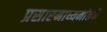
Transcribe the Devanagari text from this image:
प्रसारमाध्यमांतर्फे